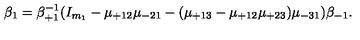
\beta _ { 1 } = \beta _ { + 1 } ^ { - 1 } ( I _ { m _ { 1 } } - \mu _ { + 1 2 } \mu _ { - 2 1 } - ( \mu _ { + 1 3 } - \mu _ { + 1 2 } \mu _ { + 2 3 } ) \mu _ { - 3 1 } ) \beta _ { - 1 } .